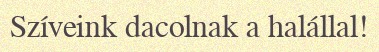
Szíveink dacolnak a halállal!